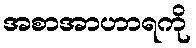
အစာအာဟာရကို